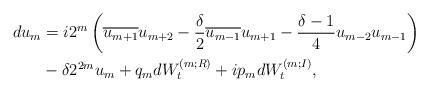
LaTeX: \begin{align*}\begin{aligned}d u_m &= i2^m\left(\overline{u_{m+1}}u_{m+2} - \frac{\delta}{2} \overline{u_{m-1}}u_{m+1} - \frac{\delta -1}{4} u_{m-2}u_{m-1}\right) \\ & - \delta 2^{2m} u_m + q_m dW_t^{(m;R)} + ip_m dW_t^{(m;I)},\end{aligned}\end{align*}